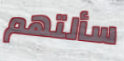
سألتهم